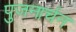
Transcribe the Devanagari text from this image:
पुजनार्चन